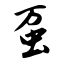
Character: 虿